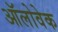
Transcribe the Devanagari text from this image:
ऑलोवेक